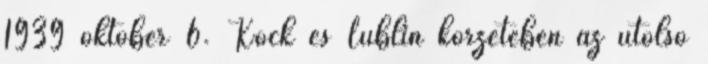
1939 október 6. Kock és Lublin körzetében az utolsó